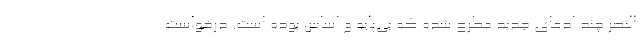
النصر چند ادعای جدید مطرح شده که بی‌پایه و اساس بوده است. درخواست